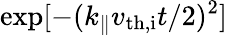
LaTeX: \exp[-(k_{\parallel}v_{\mathrm{th,i}}t/2)^{2}]